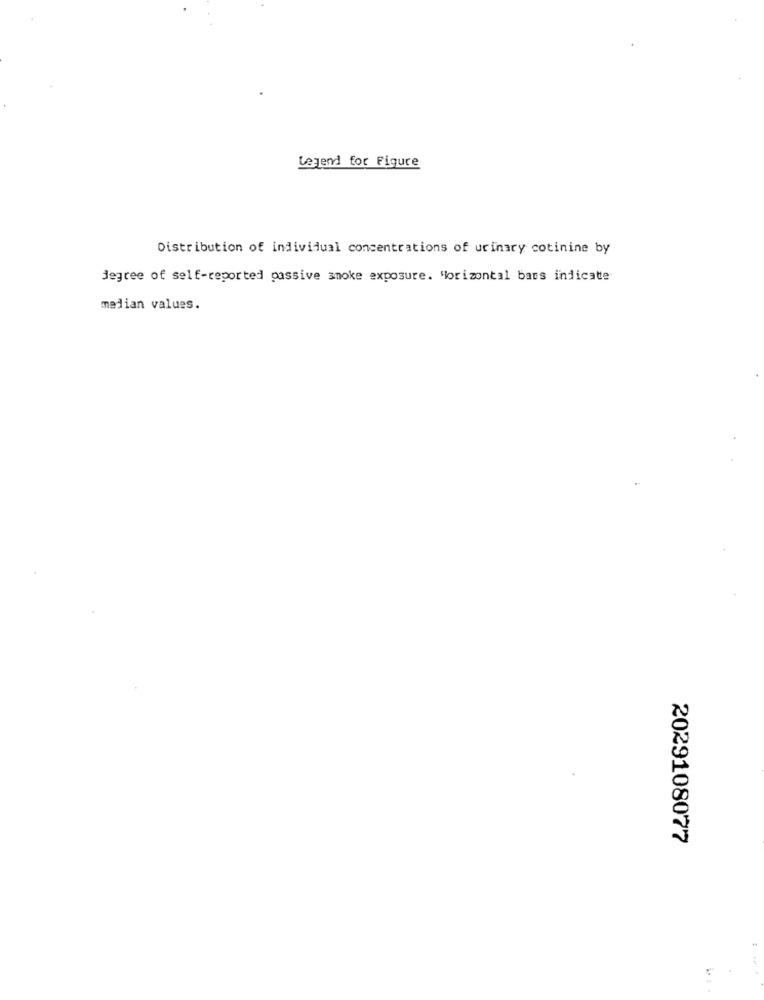
Legend for Figure
Distribution of individual concentrations of urinary cotinine by
degree of self-reported passive smoke exposure. Horizontal bars indicate
median values.
2029108077